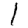
Digit: 1